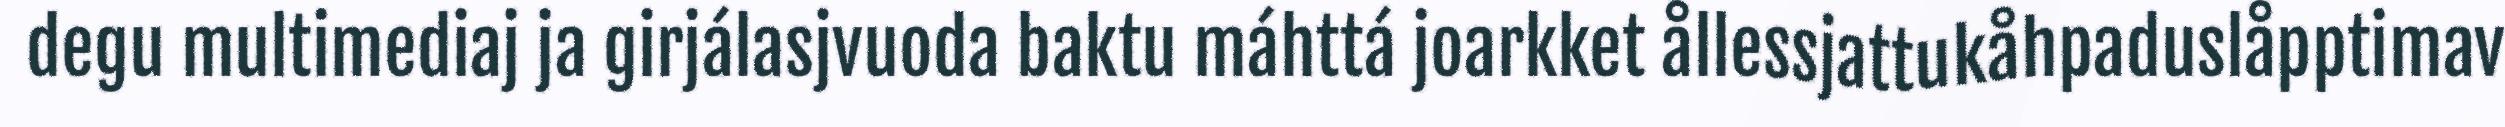
degu multimediaj ja girjálasjvuoda baktu máhttá joarkket ållessjattukåhpaduslåpptimav